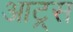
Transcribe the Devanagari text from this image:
आट्र्स